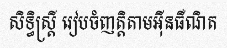
សិទ្ធិស្ត្រី រៀបចំញត្តិតាមអ៊ីនធឺណិត